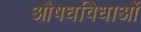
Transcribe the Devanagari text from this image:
औषधविधाओं